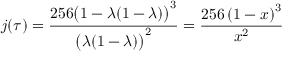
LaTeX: j ( \tau ) = { \frac { 2 5 6 { \bigl ( } 1 - \lambda ( 1 - \lambda ) { \bigr ) } ^ { 3 } } { { \bigl ( } \lambda ( 1 - \lambda ) { \bigr ) } ^ { 2 } } } = { \frac { 2 5 6 \left( 1 - x \right) ^ { 3 } } { x ^ { 2 } } }